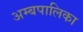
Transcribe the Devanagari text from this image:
अम्बपालिका